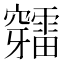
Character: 𥩉